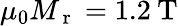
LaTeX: \mu_{0}M_{\mathrm{~r~}}=1.2\: \mathrm{T}